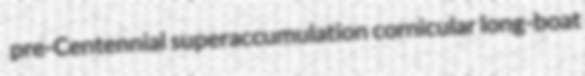
pre-Centennial superaccumulation cornicular long-boat